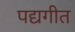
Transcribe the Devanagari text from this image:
पद्यगीत